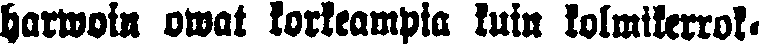
harwoin owat korkeampia kuin kolmikerrok-